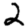
Digit: 2